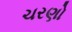
ચરણો